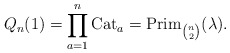
\begin{gather*}Q_n(1)= \prod_{a=1}^{n} {\rm Cat}_a=\operatorname{Prim}_{{n \choose 2}}(\lambda).\end{gather*}